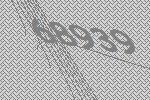
68939